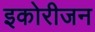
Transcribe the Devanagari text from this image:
इकोरीजन